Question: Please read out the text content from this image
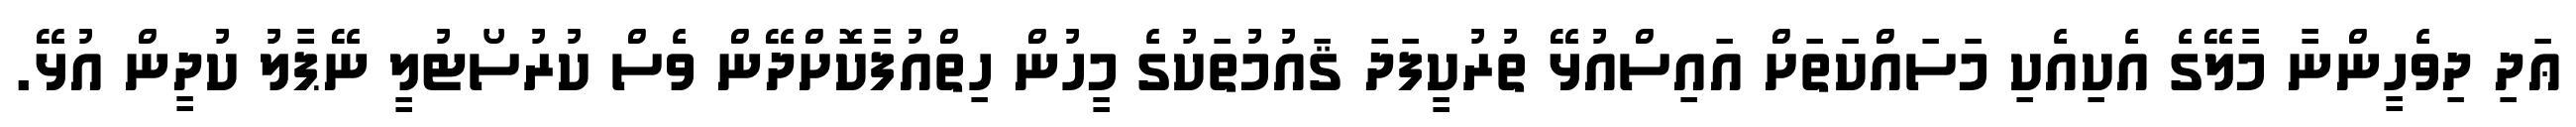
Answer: ޢަދި ދިވެހީންނާ މާލޭގެ އެކިއެކި މަސައްކަތަށް އައިސްއުޅޭ ތުރުކީފަދަ ޤައުމުތަކުގެ މީހުން ހިތްއުފާކޮށްދޭން ވެސް ކުރުސޯޓުލީ ނޭޕާލު ކުދީން އުޅޭ.